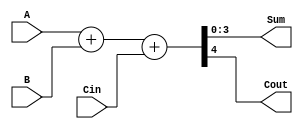
module test(input [3:0] A, B, input Cin, output reg [3:0] Sum, output reg Cout);

    always @(A or B or Cin) begin
        {Cout, Sum} = A + B + Cin;
    end

endmodule